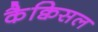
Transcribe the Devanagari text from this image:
कैक्विसल